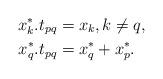
LaTeX: \begin{align*}x_k^*.t_{pq}&=x_k,k\ne q,\\x_q^*.t_{pq}&=x_q^*+x_p^*.\end{align*}